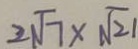
2 \sqrt { 7 } \times \sqrt { 2 1 }